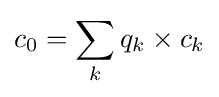
c_{0}=\sum _{k}q_{k}\times c_{k}